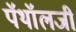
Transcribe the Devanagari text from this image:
पॅथॉलजी